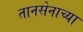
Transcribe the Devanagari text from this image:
तानसेनाच्या